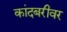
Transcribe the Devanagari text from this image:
कांदबरीवर